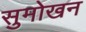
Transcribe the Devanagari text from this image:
सुमोखन